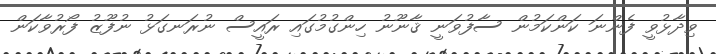
ވިދާޅުވީ ފެންނަ ކަންކަމުން ސާފުވަނީ ޤާނޫނު ހިންގުމުގައި ރައީސް ނުރަނގަޅު ނުފޫޒު ފޯރުވާކަން